Subject: cs
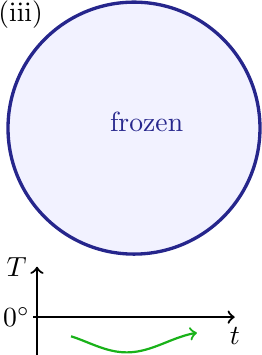
LaTeX code:
  \begin{tikzpicture}[scale=1.6]
    \node[color=black] at (0.1,1.9) {(iii)};%(d)
    \filldraw[color=blue!40!darkgray, fill=blue!5, very thick] (1,1) circle (1);
    \node[align=center,color=blue!40!darkgray]  at (1.1,1.05) {frozen};
    \draw [thick,->] (0.2,-0.5)--(1.8,-0.5) node [right, below]{$t$};
    \draw [thick,->] (0.23,-0.8)--(0.23,-0.1) node [left]{$T$};
    \node at (0.25,-0.5) [left] {$0^\circ$};
    \draw [->, thick, variable=\t, domain=0.5:1.5, samples=101, smooth, color=green!60!darkgray]
       plot (\t, {-0.7+0.08*sin(5*\t r))});
  \end{tikzpicture}